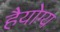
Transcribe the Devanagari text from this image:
हैयोग्य